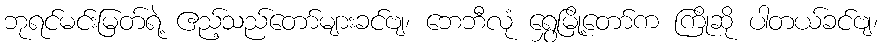
ဘုရင်မင်းမြတ်ရဲ့ ဧည့်သည်တော်များခင်ဗျ၊ ဘေဘီလုံ ရွှေမြို့တော်က ကြိုဆို ပါတယ်ခင်ဗျ၊